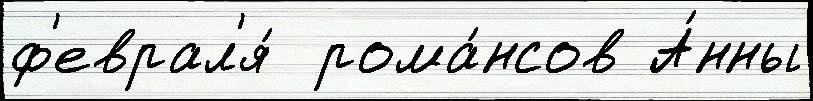
ф'еврал'я́  рома́нсов А́нны